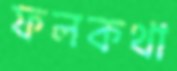
ফলকথা